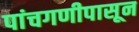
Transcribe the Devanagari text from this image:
पांचगणीपासून